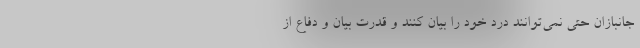
جانبازان حتی نمی‌توانند درد خود را بیان کنند و قدرت بیان و دفاع از